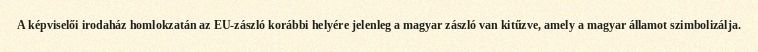
A képviselői irodaház homlokzatán az EU-zászló korábbi helyére jelenleg a magyar zászló van kitűzve, amely a magyar államot szimbolizálja.